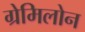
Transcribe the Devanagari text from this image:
ग्रेमिलोन